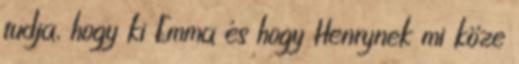
tudja, hogy ki Emma és hogy Henrynek mi köze